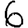
Digit: 6